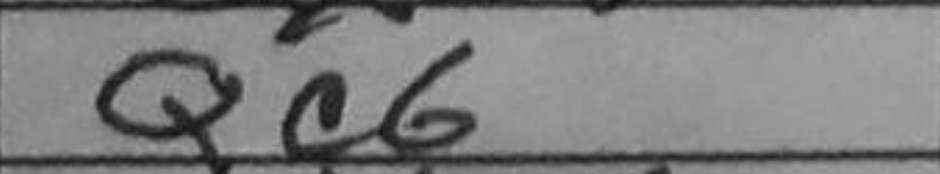
Transcription: Qc6